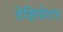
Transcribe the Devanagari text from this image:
डेझिग्नेटर